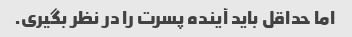
اما حداقل باید آینده پسرت را در نظر بگیری.